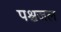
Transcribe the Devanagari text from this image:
पश्चजल